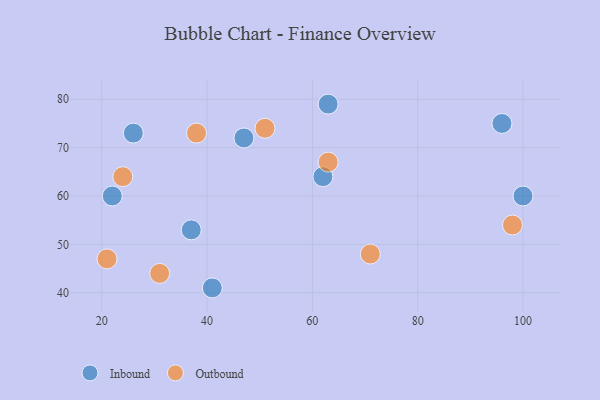
{"axis": {"x": "GDP", "y": "Life Expectancy"}, "legend": ["Inbound", "Outbound"], "data": [{"x": "100", "y": 60, "type": "Inbound"}, {"x": "63", "y": 79, "type": "Inbound"}, {"x": "26", "y": 73, "type": "Inbound"}, {"x": "37", "y": 53, "type": "Inbound"}, {"x": "41", "y": 41, "type": "Inbound"}, {"x": "47", "y": 72, "type": "Inbound"}, {"x": "96", "y": 75, "type": "Inbound"}, {"x": "22", "y": 60, "type": "Inbound"}, {"x": "62", "y": 64, "type": "Inbound"}, {"x": "24", "y": 64, "type": "Outbound"}, {"x": "71", "y": 48, "type": "Outbound"}, {"x": "21", "y": 47, "type": "Outbound"}, {"x": "31", "y": 44, "type": "Outbound"}, {"x": "51", "y": 74, "type": "Outbound"}, {"x": "98", "y": 54, "type": "Outbound"}, {"x": "38", "y": 73, "type": "Outbound"}, {"x": "63", "y": 67, "type": "Outbound"}]}